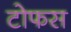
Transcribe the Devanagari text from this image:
टोफस